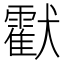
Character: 𤣅